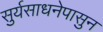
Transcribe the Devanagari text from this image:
सुर्यसाधनेपासुन